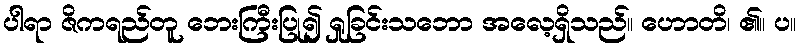
ပါရာ ဇိကရည်တူ ဘေးကြီးပြု၍ ရှုခြင်းသဘော အလေ့ရှိသည်။ ဟောတိ၊ ၏။ ပ။